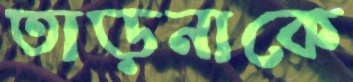
তাড়নাকে